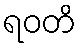
ရဝတိ